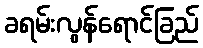
ခရမ်းလွန်ရောင်ခြည်